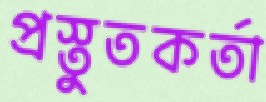
প্রস্তুতকর্তা